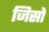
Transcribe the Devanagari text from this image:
जिसो